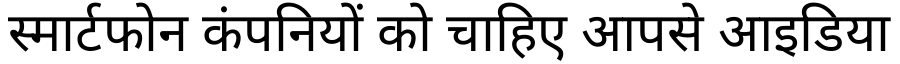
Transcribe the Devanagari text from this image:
स्मार्टफोन कंपनियों को चाहिए आपसे आइडिया